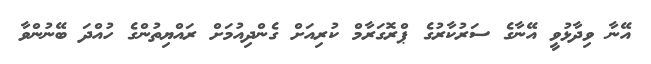
އޭނާ ވިދާޅުވީ އޭނާގެ ސަރުކާރުގެ ޕްރޮގަރާމް ކުރިއަށް ގެންދިއުމަށް ރައްޔިތުންގެ ހުއްދަ ބޭނުންވާ